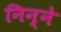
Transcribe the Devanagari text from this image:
निन्ने